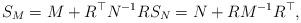
LaTeX: \begin{align*} S_M = M + R^\top N^{-1} R S_N = N + R M^{-1} R^\top,\end{align*}